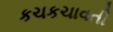
કચકચાવતી